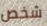
شخص